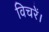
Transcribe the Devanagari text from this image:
विचरें।